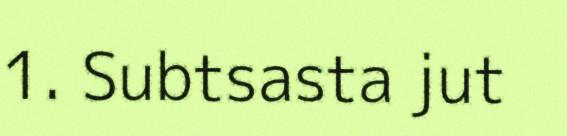
1. Subtsasta jut